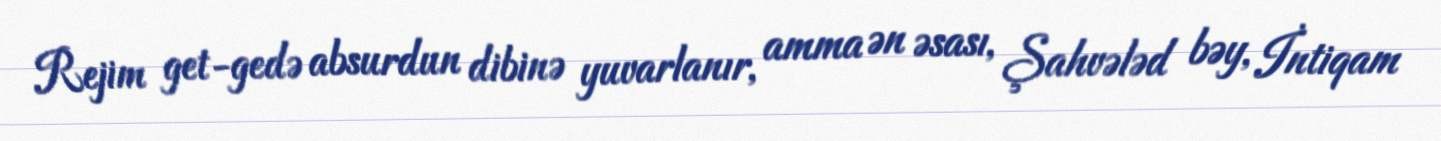
Rejim get-gedə absurdun dibinə yuvarlanır, amma ən əsası, Şahvələd bəy, İntiqam